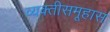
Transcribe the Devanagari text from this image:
व्यक्तीसमूहास